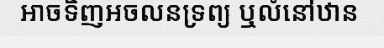
អាចទិញអចលនទ្រព្យ ឬលំនៅឋាន